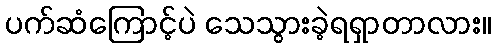
ပက်ဆံကြောင့်ပဲ သေသွားခဲ့ရရှာတာလား။